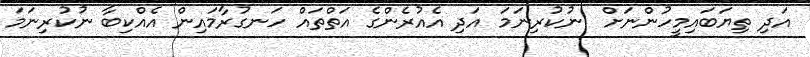
އަދި ތިޔަބައިމީހުންނަށް  ނުކުރިނަމަ އަދި އެއުރެންގެ އަތްތައް ހަނގުރާމައިން އެއްކިބާ ނުކުރިނަމަ